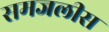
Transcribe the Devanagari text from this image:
समजलीस